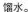
馏水。